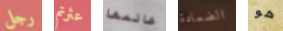
رجل عثرتم عالمها الضمادة هو